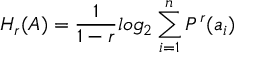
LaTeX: H _ { r } ( A ) = { \frac { 1 } { 1 - r } } l o g _ { 2 } \sum _ { i = 1 } ^ { n } P ^ { r } ( a _ { i } )